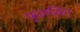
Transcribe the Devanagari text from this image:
फूलसिंग